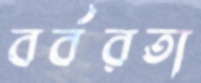
বর্বরতা